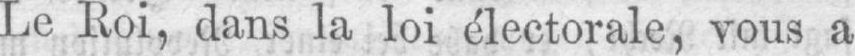
Le Roi, dans la loi électorale, vous a